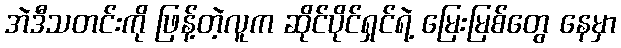
အဲဒီသတင်းကို ဖြန့်တဲ့လူက ဆိုင်ပိုင်ရှင်ရဲ့ မြေးမြစ်တွေ နေမှာ